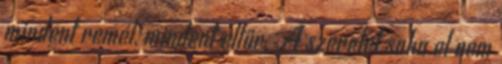
mindent remél, mindent eltűr. A szeretet soha el nem